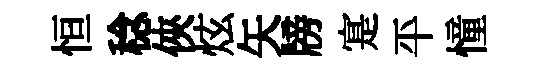
恒稔俠炫矢牓寔平憧